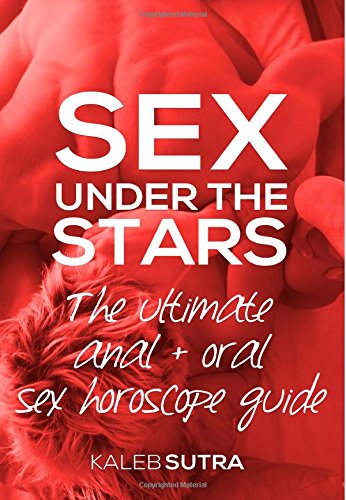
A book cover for The Ultimate Anal & Oral Sex Horoscope Guide: Sex Under The Stars; Kaleb Sutra; Gay & Lesbian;